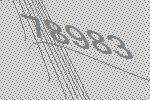
78983